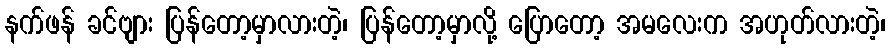
နက်ဖန် ခင်ဗျား ပြန်တော့မှာလားတဲ့၊ ပြန်တော့မှာလို့ ပြောတော့ အမလေးက အဟုတ်လားတဲ့၊